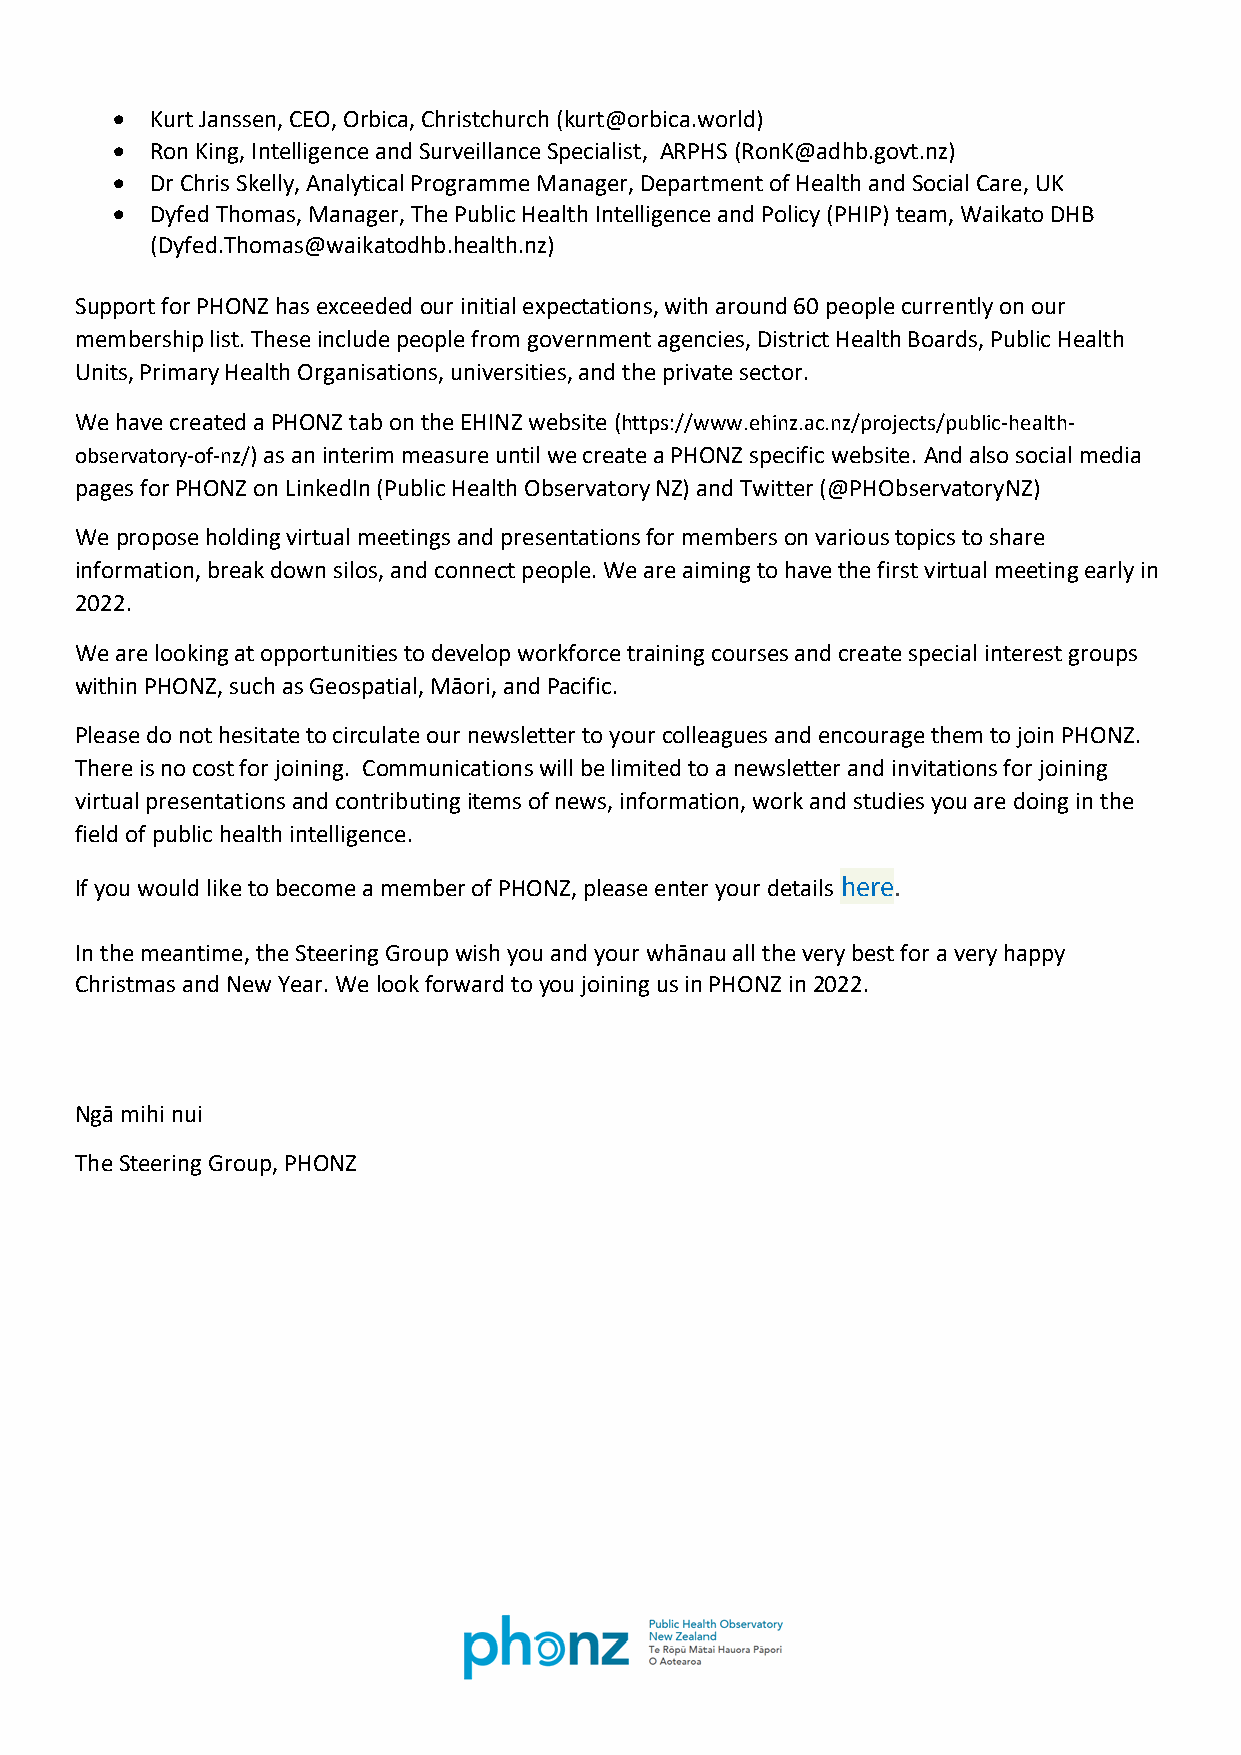
•  Kurt Janssen, CEO, Orbica, Christchurch (kurt@orbica.world)
 •  Ron King, Intelligence and Surveillance Specialist, ARPHS (RonK@adhb.govt.nz)
 •  Dr Chris Skelly, Analytical Programme Manager, Department of Health and Social Care, UK
 •  Dyfed Thomas, Manager, The Public Health Intelligence and Policy (PHIP) team, Waikato DHB
 (Dyfed.Thomas@waikatodhb.health.nz)
 Support for PHONZ has exceeded our initial expectations, with around 60 people currently on our
 membership list. These include people from government agencies, District Health Boards, Public Health
 Units, Primary Health Organisations, universities, and the private sector.
 We have created a PHONZ tab on the EHINZ website (https://www.ehinz.ac.nz/projects/public-health-
 observatory-of-nz/) as an interim measure until we create a PHONZ specific website. And also social media
 pages for PHONZ on LinkedIn (Public Health Observatory NZ) and Twitter (@PHObservatoryNZ)
 We propose holding virtual meetings and presentations for members on various topics to share
 information, break down silos, and connect people. We are aiming to have the first virtual meeting early in
 2022.
 We are looking at opportunities to develop workforce training courses and create special interest groups
 within PHONZ, such as Geospatial, Māori, and Pacific.
 Please do not hesitate to circulate our newsletter to your colleagues and encourage them to join PHONZ.
 There is no cost for joining. Communications will be limited to a newsletter and invitations for joining
 virtual presentations and contributing items of news, information, work and studies you are doing in the
 field of public health intelligence.
 If you would like to become a member of PHONZ, please enter your details here.
 In the meantime, the Steering Group wish you and your whānau all the very best for a very happy
 Christmas and New Year. We look forward to you joining us in PHONZ in 2022.
 Ngā mihi nui
 The Steering Group, PHONZ